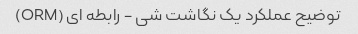
توضیح عملکرد یک نگاشت شی - رابطه ای (ORM)